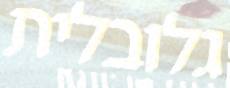
גלובלית